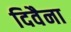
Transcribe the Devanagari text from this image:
दिवैना